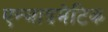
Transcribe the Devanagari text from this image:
एन्जाइमेटिक